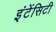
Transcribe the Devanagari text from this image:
इंटेंसिटी